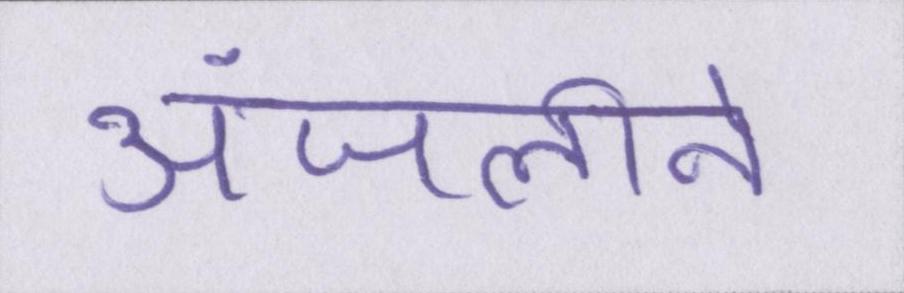
अंजलीने